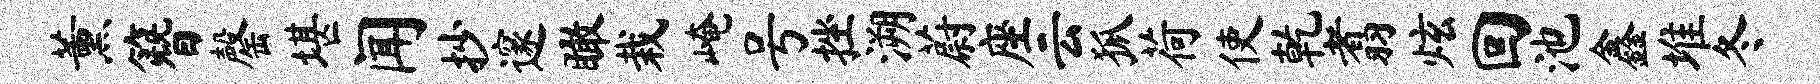
薰簪罄堪闻抄邃瞰栽崦号挫溯蔚座云狐荷使乾翥炫回池鑫堆冬